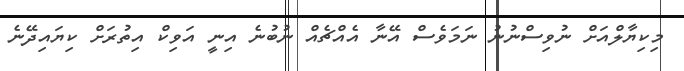
މިކިޔާލްއަށް ނުވިސްނުނު ނަމަވެސް އޭނާ އެއްޗެއް ނުބުނެ އިނީ އަވިކް އިތުރަށް ކިޔައިދޭނެ